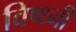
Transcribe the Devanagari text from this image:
विष्ध्नी